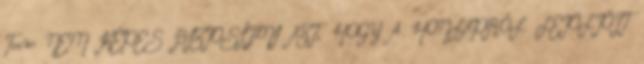
Team NEM KÉPES BIZTOSÍTANI AZT, HOGY A HONLAPRÓL LETÖLTÖTT